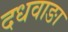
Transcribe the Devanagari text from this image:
दधवाङा